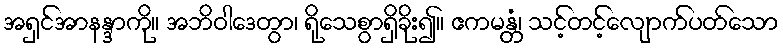
အရှင်အာနန္ဒာကို။ အဘိဝါဒေတွာ၊ ရိုသေစွာရှိခိုး၍။ ဧကမန္တံ၊ သင့်တင့်လျောက်ပတ်သော